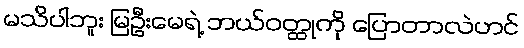
မသိပါဘူး မြဦးမေရဲ့ ဘယ်ဝတ္ထုကို ပြောတာလဲဟင်